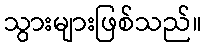
သွားများဖြစ်သည်။